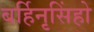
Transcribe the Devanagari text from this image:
बर्हिनृसिंहो